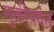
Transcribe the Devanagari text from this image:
मुक्तीपर्यंत